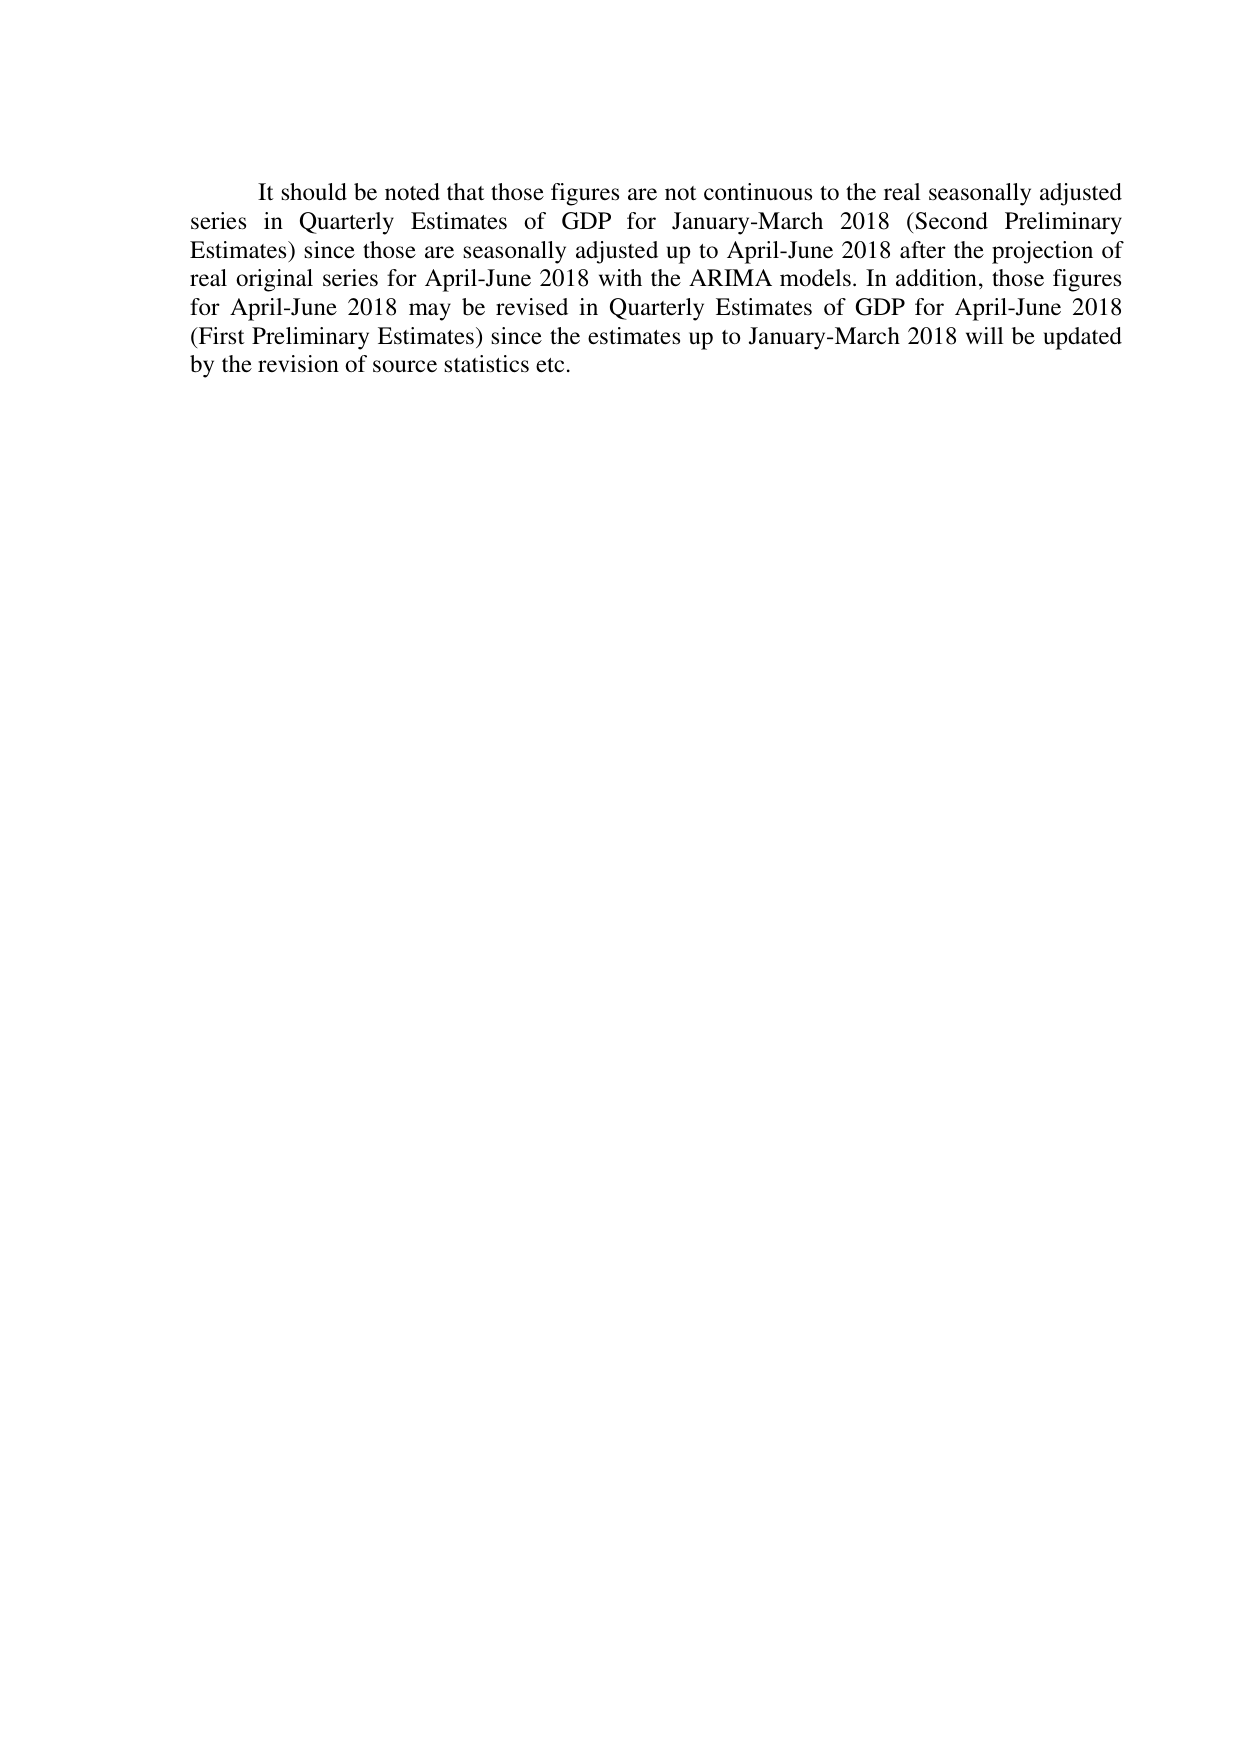
It should be noted that those figures are not continuous to the real seasonally adjusted series in Quarterly Estimates of GDP for January-March 2018 (Second Preliminary Estimates) since those are seasonally adjusted up to April-June 2018 after the projection of real original series for April-June 2018 with the ARIMA models. In addition, those figures for April-June 2018 may be revised in Quarterly Estimates of GDP for April-June 2018 (First Preliminary Estimates) since the estimates up to January-March 2018 will be updated by the revision of source statistics etc.